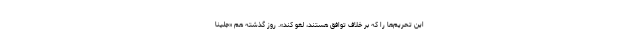
این تحریم‌ها را که بر خلاف توافق هستند، لغو کند». روز گذشته هم «جلینا